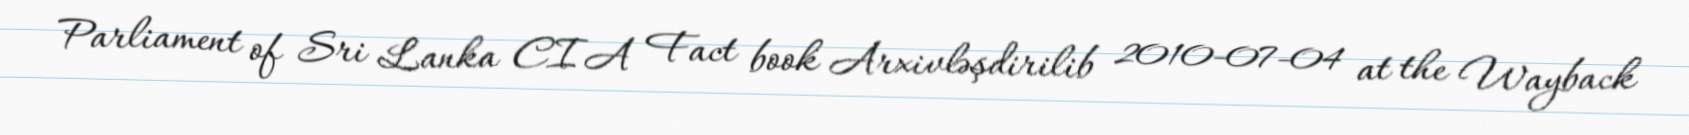
Parliament of Sri Lanka CIA Fact book Arxivləşdirilib 2010-07-04 at the Wayback